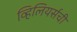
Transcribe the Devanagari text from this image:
व्हिलियर्सची